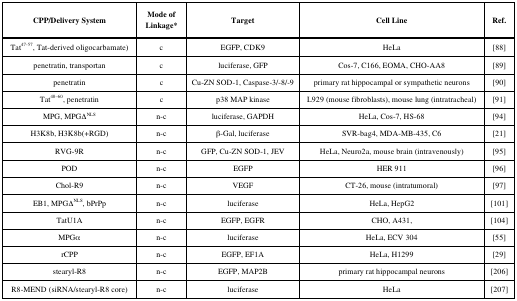
<table><thead><tr><td><b>CPP/Delivery System</b></td><td><b>Mode of Linkage*</b></td><td><b>Target</b></td><td><b>Cell Line</b></td><td><b>Ref.</b></td></tr></thead><tbody><tr><td>Tat<sup>47-57</sup>, Tat-derived oligocarbamate)</td><td>c</td><td>EGFP, CDK9</td><td>HeLa</td><td>[88]</td></tr><tr><td>penetratin, transportan</td><td>c</td><td>luciferase, GFP</td><td>Cos-7, C166, EOMA, CHO-AA8</td><td>[89]</td></tr><tr><td>penetratin </td><td>c</td><td>Cu-ZN SOD-1, Caspase-3/-8/-9</td><td>primary rat hippocampal or sympathetic neurons</td><td>[90]</td></tr><tr><td>Tat<sup>48–60</sup>, penetratin</td><td>c</td><td>p38 MAP kinase</td><td>L929 (mouse fibroblasts), mouse lung (intratracheal)</td><td>[91]</td></tr><tr><td>MPG, MPGΔ<sup>NLS</sup></td><td>n-c</td><td>luciferase, GAPDH</td><td>HeLa, Cos-7, HS-68</td><td>[94]</td></tr><tr><td>H3K8b, H3K8b(+RGD) </td><td>n-c</td><td> β-Gal, luciferase</td><td>SVR-bag4, MDA-MB-435, C6</td><td>[21]</td></tr><tr><td>RVG-9R </td><td>n-c</td><td>GFP, Cu-ZN SOD-1, JEV</td><td>HeLa, Neuro2a, mouse brain (intravenously)</td><td>[95]</td></tr><tr><td>POD</td><td>n-c</td><td>EGFP</td><td>HER 911</td><td>[96]</td></tr><tr><td>Chol-R9</td><td>n-c</td><td>VEGF</td><td>CT-26, mouse (intratumoral)</td><td>[97]</td></tr><tr><td>EB1, MPGΔ<sup>NLS</sup>,bPrPp </td><td>n-c</td><td>luciferase</td><td>HeLa, HepG2</td><td>[101]</td></tr><tr><td>TatU1A</td><td>n-c</td><td>EGFP, EGFR</td><td>CHO, A431, </td><td>[104]</td></tr><tr><td>MPGα</td><td>n-c</td><td>luciferase</td><td>HeLa, ECV 304</td><td>[55]</td></tr><tr><td>rCPP</td><td>n-c</td><td>EGFP, EF1A</td><td>HeLa, H1299</td><td>[29]</td></tr><tr><td>stearyl-R8 </td><td>n-c</td><td>EGFP, MAP2B</td><td>primary rat hippocampal neurons</td><td>[206]</td></tr><tr><td>R8-MEND (siRNA/stearyl-R8 core)</td><td>n-c</td><td>luciferase</td><td>HeLa</td><td>[207]</td></tr></tbody></table>